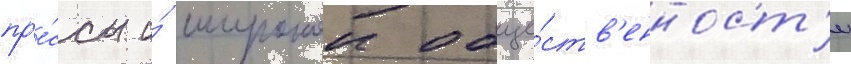
пр'е́ссы и́ широкои обще́ств'енност'и